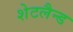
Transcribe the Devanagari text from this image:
शेटलैन्ड